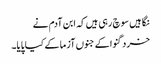
نگاہیں سوچ رہی ہیں کہ ابن آدم نے
خرد گنوا کے جنوں آزما کے کیا پایا۔